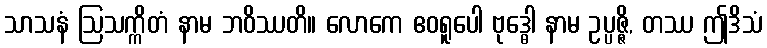
သာသနံ ဩသက္ကိတံ နာမ ဘဝိဿတိ။ လောကေ ဧဝရူပေါ ဗုဒ္ဓေါ နာမ ဥပ္ပဇ္ဇိ, တဿ ဤဒိသံ